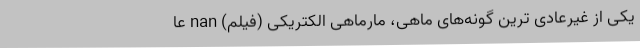
یکی از غیرعادی ترین گونه‌های ماهی، مارماهی الکتریکی (فیلم) nan عا